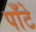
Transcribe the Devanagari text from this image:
पाँटे